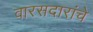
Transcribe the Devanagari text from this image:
वारसदारांचे